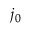
j _ { 0 }